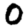
Digit: 0